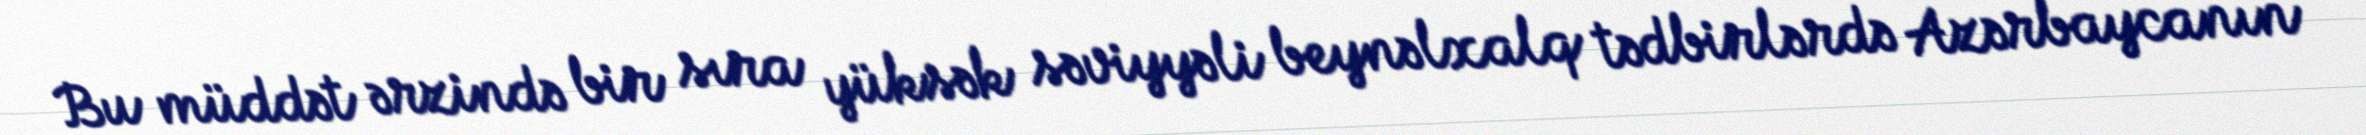
Bu müddət ərzində bir sıra yüksək səviyyəli beynəlxalq tədbirlərdə Azərbaycanın